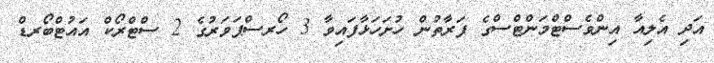
އަދި އެލިއާ އިންވެސްޓްމަންޓްސްގެ ފަރާތުން ހުށަހަޅާފައިވާ 3 ހޯރސްޕަވަރުގެ 2 ސްޓްރޯކް އައުޓްބޯރޑް